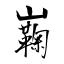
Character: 巈